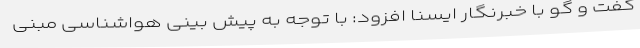
گفت و گو با خبرنگار ایسنا افزود: با توجه به پیش بینی هواشناسی مبنی